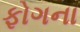
ફોગના